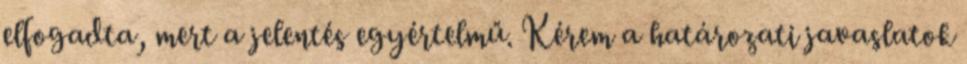
elfogadta, mert a jelentés egyértelmű. Kérem a határozati javaslatok